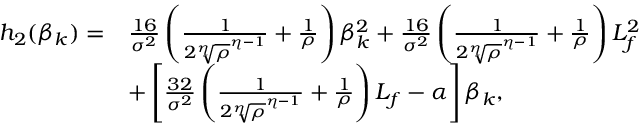
\begin{array} { r l } { h _ { 2 } ( \beta _ { k } ) = } & { \frac { 1 6 } { \sigma ^ { 2 } } \left( \frac { 1 } { 2 { \sqrt [ \eta ] { \rho } } ^ { \eta - 1 } } + \frac { 1 } { \rho } \right) \beta _ { k } ^ { 2 } + \frac { 1 6 } { \sigma ^ { 2 } } \left( \frac { 1 } { 2 { \sqrt [ \eta ] { \rho } } ^ { \eta - 1 } } + \frac { 1 } { \rho } \right) L _ { f } ^ { 2 } } \\ & { + \left[ \frac { 3 2 } { \sigma ^ { 2 } } \left( \frac { 1 } { 2 { \sqrt [ \eta ] { \rho } } ^ { \eta - 1 } } + \frac { 1 } { \rho } \right) L _ { f } - { \alpha } \right] \beta _ { k } , } \end{array}